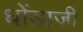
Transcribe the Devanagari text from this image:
धोंडाजी